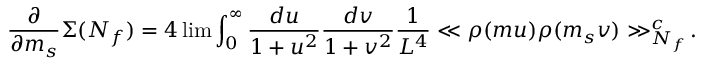
\frac { \partial } { \partial m _ { s } } \Sigma ( N _ { f } ) = 4 \operatorname * { l i m } \int _ { 0 } ^ { \infty } \frac { d u } { 1 + u ^ { 2 } } \frac { d v } { 1 + v ^ { 2 } } \frac { 1 } { L ^ { 4 } } \ll \rho ( m u ) \rho ( m _ { s } v ) \gg _ { N _ { f } } ^ { c } \! .